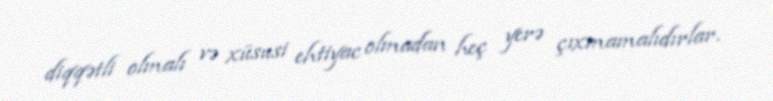
diqqətli olmalı və xüsusi ehtiyac olmadan heç yerə çıxmamalıdırlar.